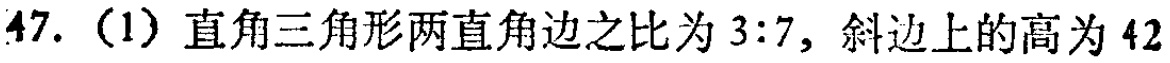
47.（1）直角三角形两直角边之比为\(3:7\)，斜边上的高为\(42\)